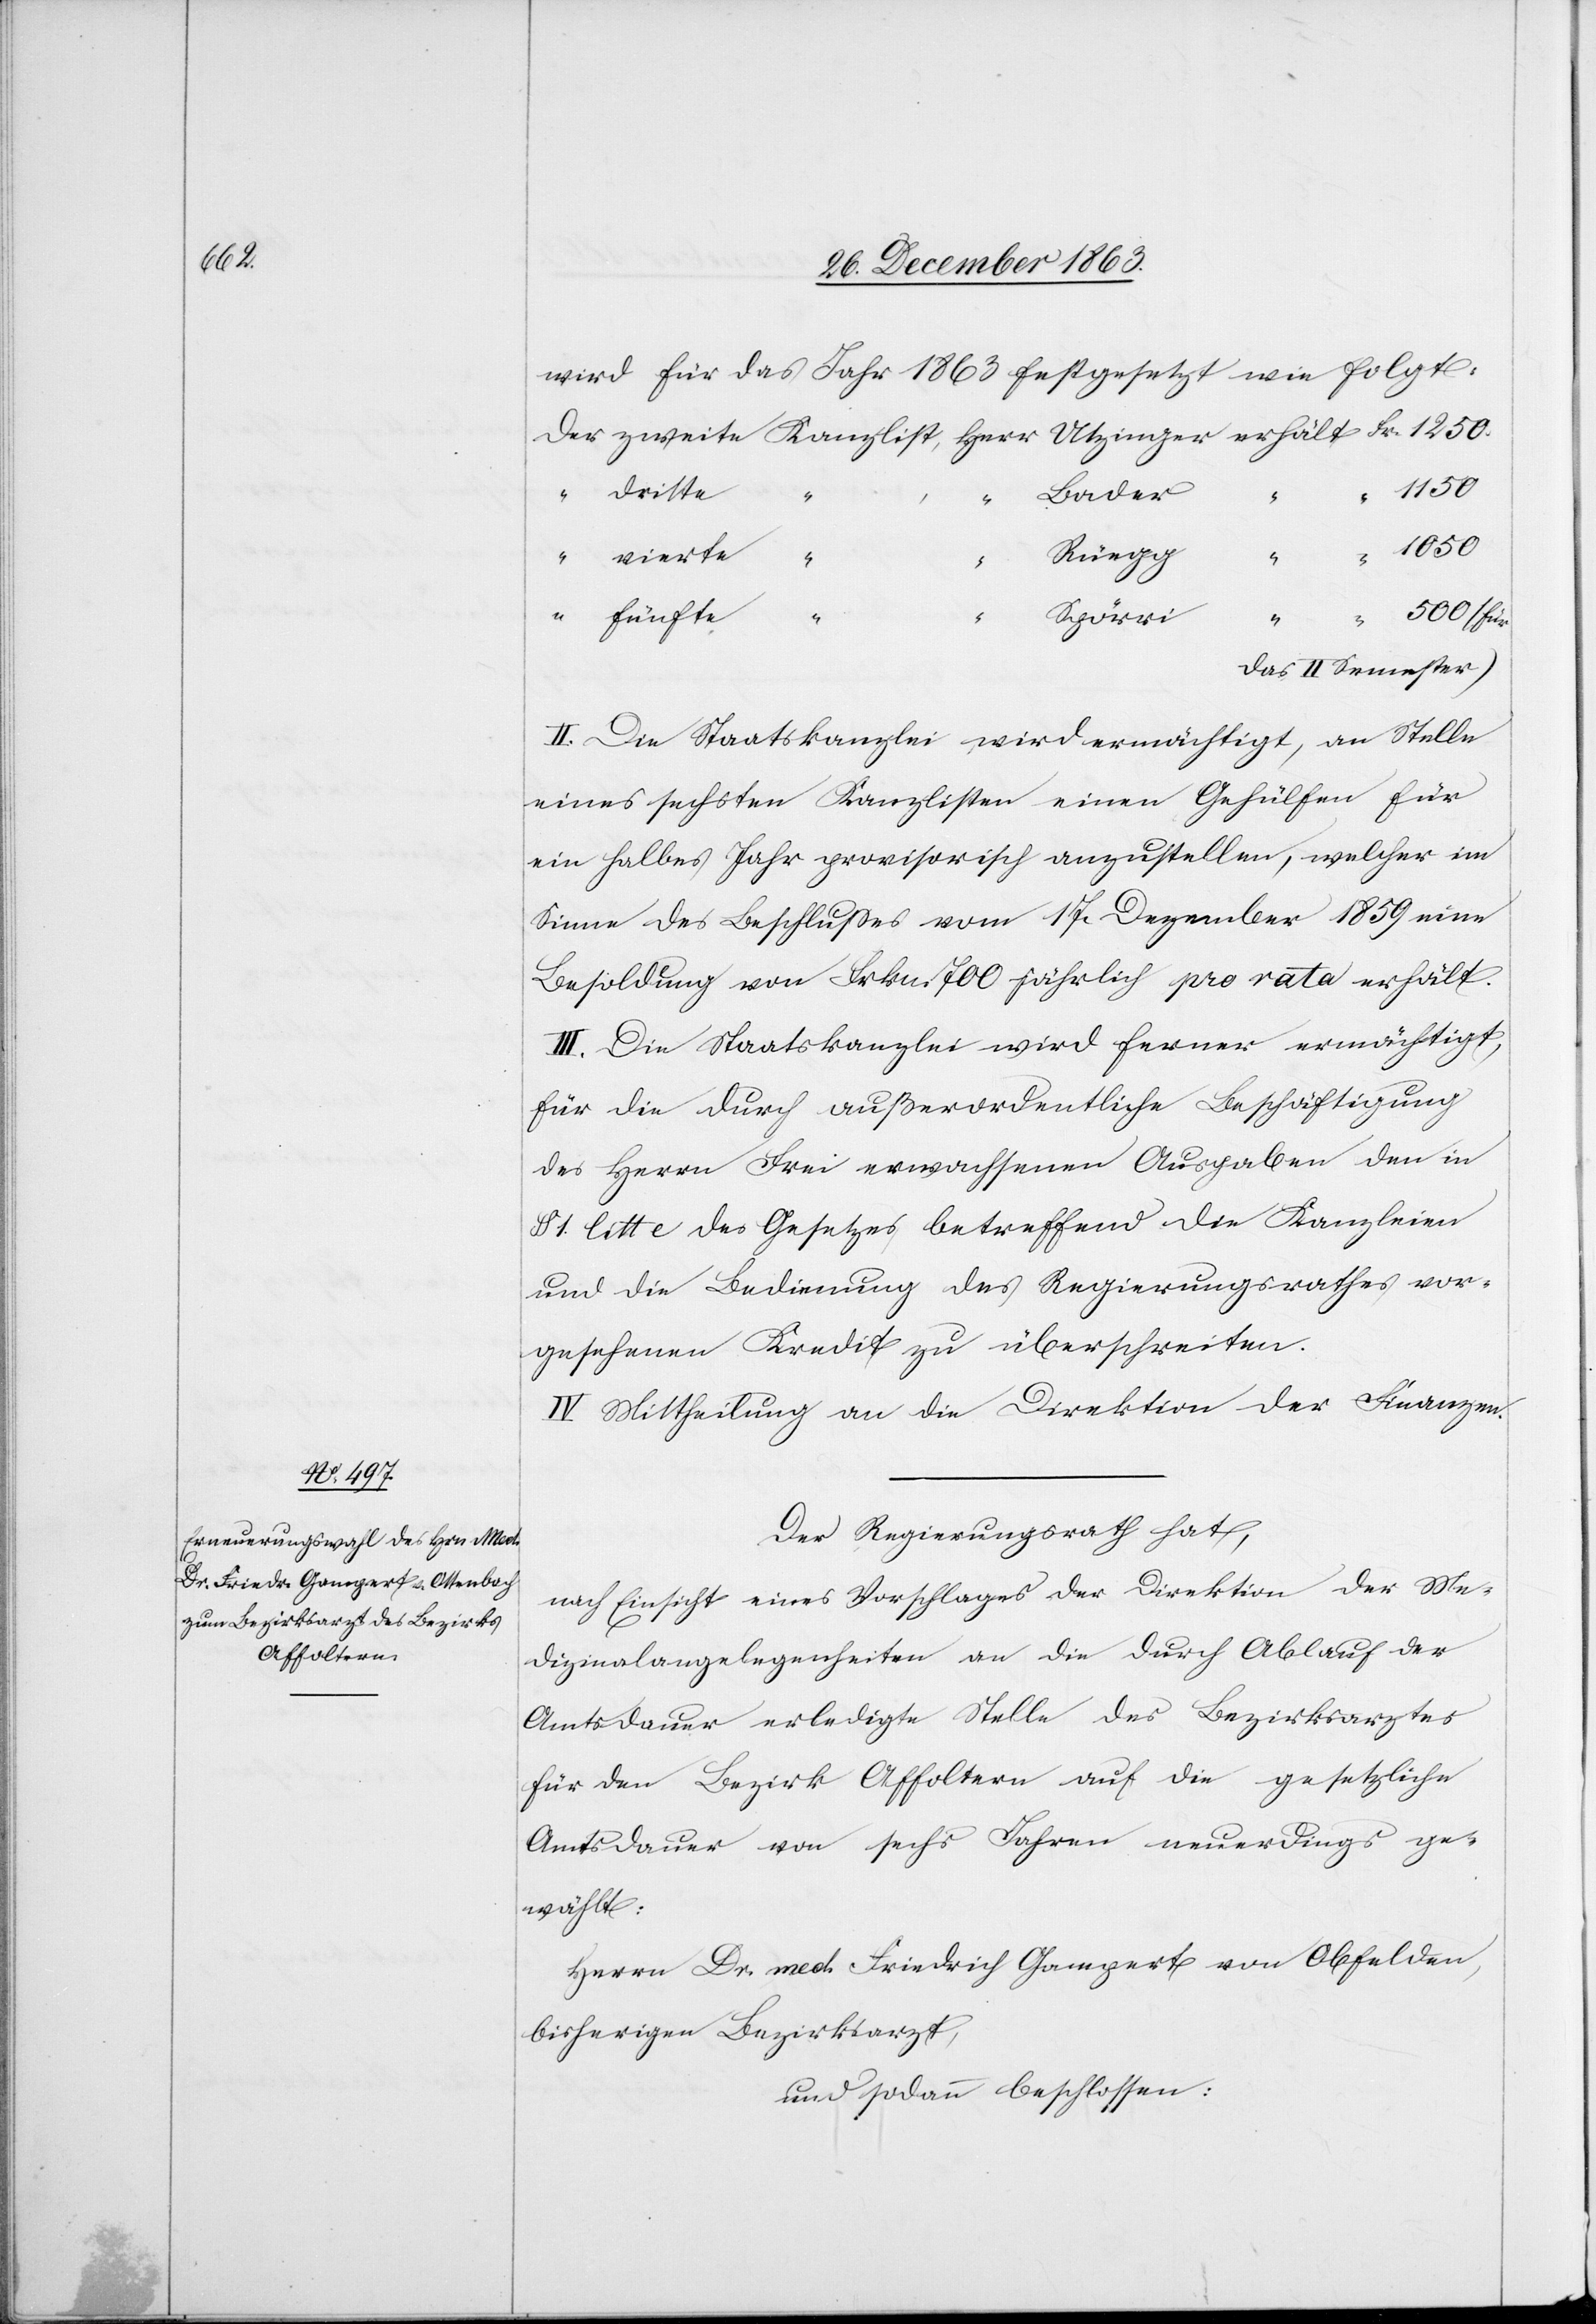
1050

wird für das Jahr 1863 festgesetzt wie folgt:
dritte
Rüegg
“
Spörri
das II Semester)
II. Die Staatskanzlei wird ermächtigt, an Stelle
eines sechsten Kanzlisten einen Gehülfen für
ein halbes Jahr provisorisch anzustellen, welcher im
Sinne des Beschlusses vom 17. Dezember 1859 eine
Besoldung von Frkn. 700 jährlich pro rata erhält.
III. Die Staatskanzlei wird ferner ermächtigt,
für die durch außerordentliche Beschäftigung
des Herrn Frei erwachsenen Ausgaben den in
§ 1. litt e des Gesetzes betreffend die Kanzleien
und die Bedienung des Regierungsrathes vor¬
gesehenen Kredit zu überschreiten.
IV. Mittheilung an die Direktion der Finanzen.
Der Regierungsrath hat,
nach Einsicht des Vorschlages der Direktion der Me¬
dizinalangelegenheiten an die durch Ablauf der
Amtsdauer erledigte Stelle des Bezirksarztes
für den Bezirk Affoltern auf die gesetzliche
Amtsdauer von sechs Jahren neuerdings ge¬
wählt:
Herrn Dr. med. Friedrich Gampert von Obfelden,
bisherigen Bezirksrath,
und sodann beschlossen: